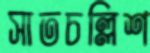
সাতচল্লিশ